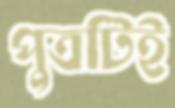
পুত্রটিই